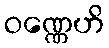
ဝဏ္ဏေဟိ